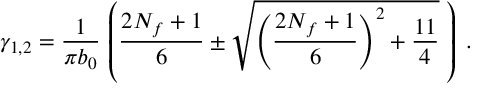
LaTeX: \gamma _ { 1 , 2 } = \frac { 1 } { \pi b _ { 0 } } \, \left( \frac { 2 N _ { f } + 1 } { 6 } \pm \sqrt { \left( \frac { 2 N _ { f } + 1 } { 6 } \right) ^ { 2 } + \frac { 1 1 } { 4 } } \; \right) \; .